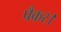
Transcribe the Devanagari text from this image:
पैकर।